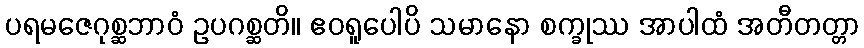
ပရမဇေဂုစ္ဆဘာဝံ ဥပဂစ္ဆတိ။ ဧဝရူပေါပိ သမာနော စက္ခုဿ အာပါထံ အတီတတ္တာ